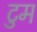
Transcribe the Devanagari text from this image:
टुम